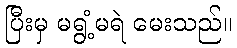
ပြီးမှ မရွံ့မရဲ မေးသည်။